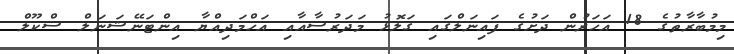
މިމުބާރާތުގެ 18 އަހަރުން ދަށުގެ ފައިނަލްގައި ގަލޮޅު މަދަރުސާއާއި އަހްމަދިއްޔާ އިންޓަނޭޝަނަލް ސްކޫލް